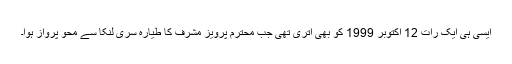
ایسی ہی ایک رات 12 اکتوبر 1999 کو بھی اتری تھی جب محترم پرویز مشرف کا طیارہ سری لنکا سے محو پرواز ہوا۔